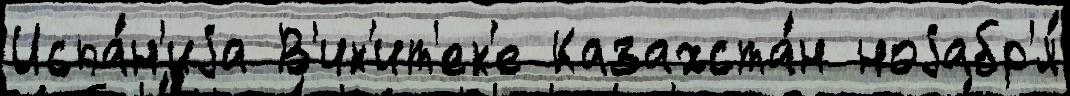
Испа́н'иjа В'ик'ит'ек'е Казахста́н ноjабр'я́